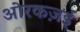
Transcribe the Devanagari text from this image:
ओरकज़ई